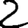
Digit: 2